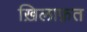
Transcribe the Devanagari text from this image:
ख़िलाफ़़त